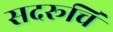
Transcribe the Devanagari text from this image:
सदरूचि